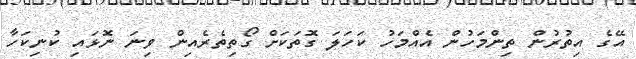
އޭގެ އިތުރުން ތިންމަހުން އެއްމަހު ކަހަލަ ގޮތަކަށް ގޯތިތެރެއިން ވިނަ ނޮޅައި ކުނިކަހާ